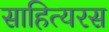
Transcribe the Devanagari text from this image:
साहित्यरस